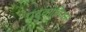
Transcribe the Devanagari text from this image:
एदुकोमिक्स